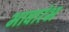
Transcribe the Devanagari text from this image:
भावारंभ